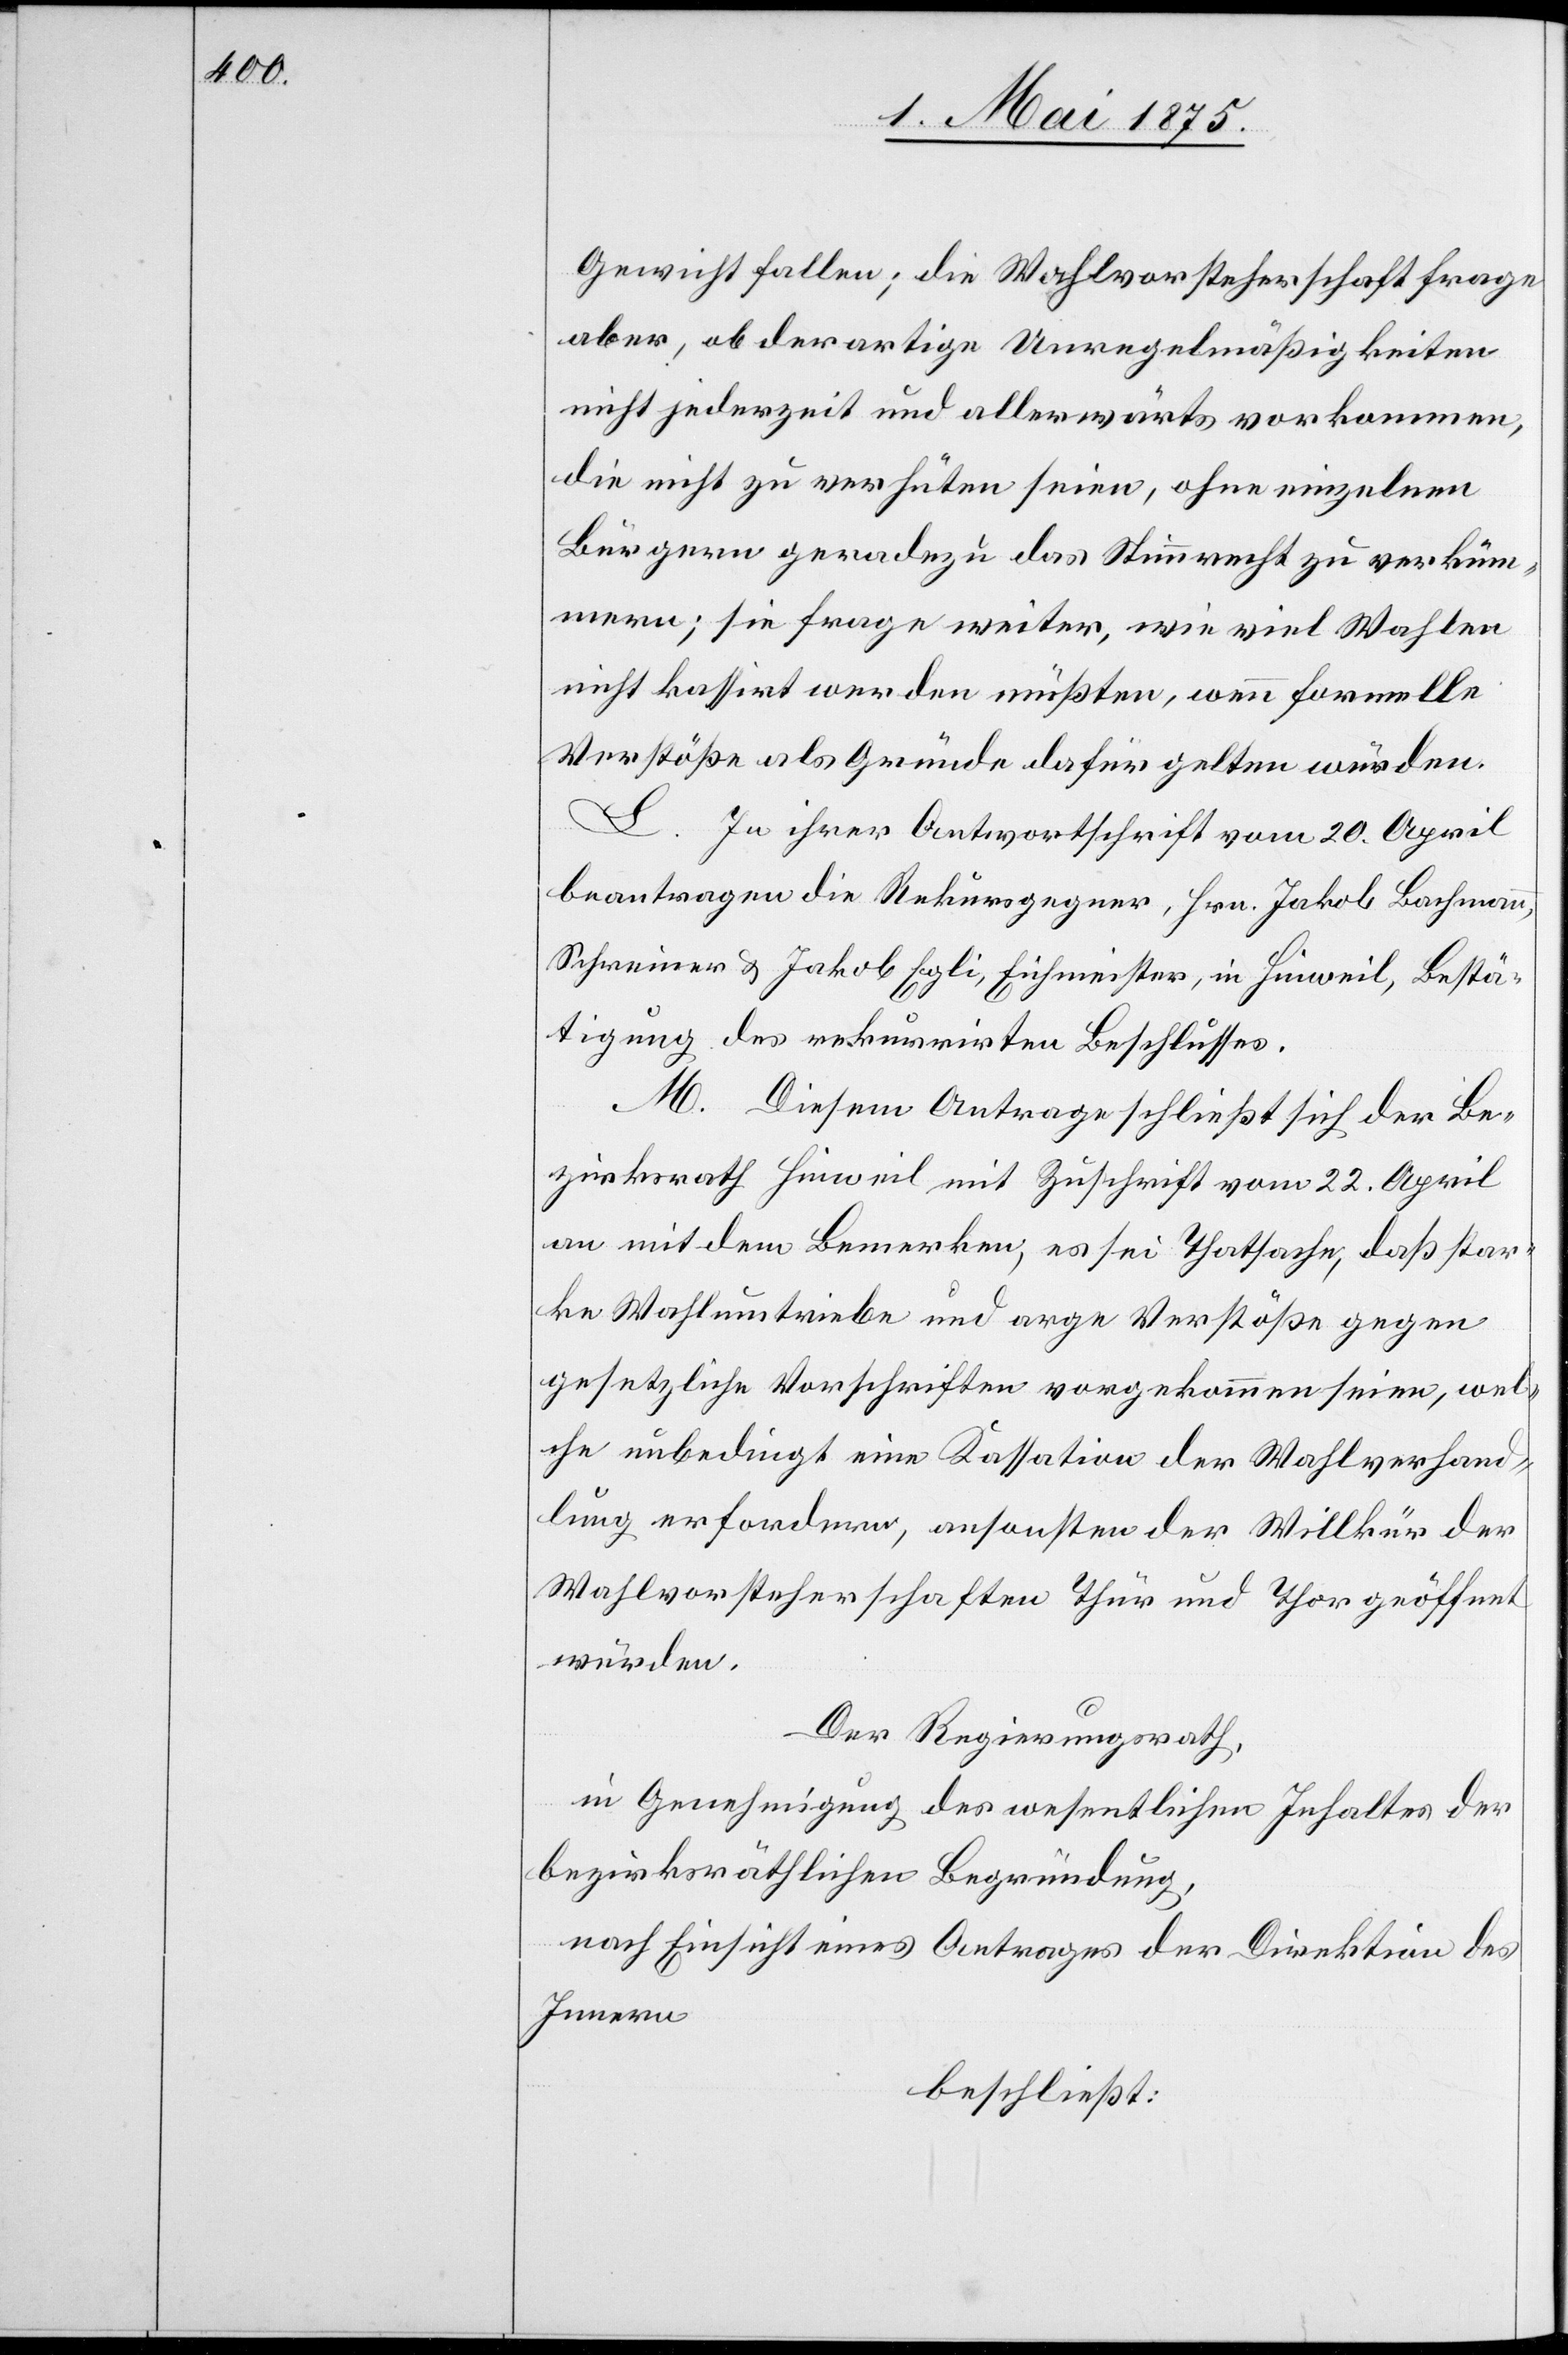
Gewicht fallen; die Wahlvorsteherschaft frage
aber, ob derartige Unregelmäßigkeiten
nicht jederzeit und allerwärts vorkommen,
die nicht zu verhüten seien, ohne einzelnen
Bürgern geradezu das Stimmrecht zu verküm¬
mern; sie frage weiter, wie viel Wahlen
nicht kassirt werden müßten, wenn formelle
Verstöße als Gründe dafür gelten würden.
L. In ihrer Antwortschrift vom 20. April
beantragen die Rekursgegner, Hrn. Jakob Bachmann,
Schreiner & Jakob Egli, Eichmeister, in Hinweil, Bestä¬
tigung des rekurrirten Beschlusses.
M. Diesem Antrag schließt sich der Be¬
zirksrath Hinweil mit Zuschrift vom 22. April
an mit dem Bemerken, es sei Thatsache, daß star¬
ke Wahlumtriebe und arge Verstöße gegen
gesetzliche Vorschriften vorgekommen seien, wel¬
che unbedingt eine Kassation der Wahlverhand¬
lung erfordern, ansonsten der Willkür der
Wahlvorsteherschaften Thür und Thor geöffnet
würden.
Der Regierungsrath,
in Genehmigung des wesentlichen Inhaltes der
bezirksräthlichen Begründung,
nach Einsicht eines Antrages der Direktion des
Innern
beschließt: